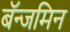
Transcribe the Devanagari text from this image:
बॅन्जमिन